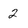
Character: 2